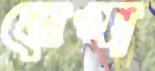
রেখা